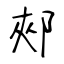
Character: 郟